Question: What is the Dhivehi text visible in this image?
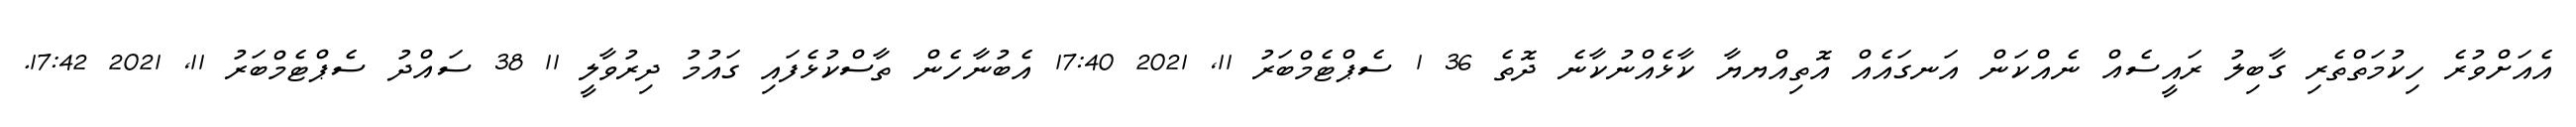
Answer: އެއަށްވުރެ ހިކުމަތްތެރި ގާބިލު ރައީސެއް ނެއްކަން އަނގައެއް އޮތިއްޔޔާ ކާޅެއްނުކާނެ ދޮތެ 36 1 ސެޕްޓެމްބަރު 11, 2021 17:40 އެބުނާހެން ތާސްކުޅެފައި ގައުމު ދިރުވާލީ 11 38 ސައްދު ސެޕްޓެމްބަރު 11, 2021 17:42.